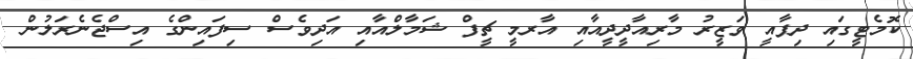
ކޮމެޓީގައި ދިފާއީ ވަޒީރު މާރިއާދީދީއާއި އާރމީ ޗީފް ޝަމާލްއާއި އަދިވެސް ސިފައިންގެ އިސްޖެނެރަލުން